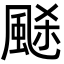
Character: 𩗉